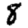
Digit: 8